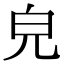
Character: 皃